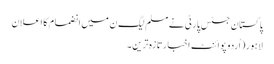
پاکستان جسٹس پارٹی نے مسلم لیگ ن میں انضمام کا اعلان
لاہور(اُردو پوائنٹ اخبارتازہ ترین۔